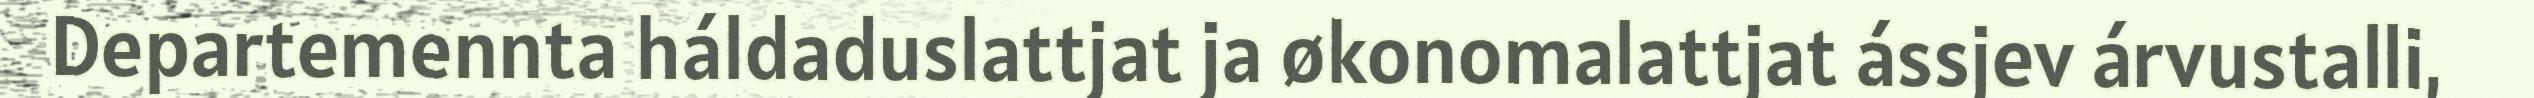
Departemennta háldaduslattjat ja økonomalattjat ássjev árvustalli,